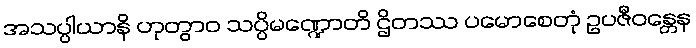
အသပ္ပါယာနိ ဟုတွာဝ သပ္ပိမဏ္ဍောတိ ဌိတဿ ပမောစေတုံ ဥပဇီဝန္တေန